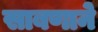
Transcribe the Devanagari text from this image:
साबणाने